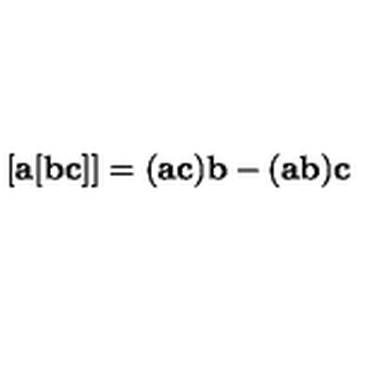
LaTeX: [ { \bf a } [ { \bf b c } ] ] = ( { \bf a c } ) { \bf b } - ( { \bf a b } ) { \bf c }